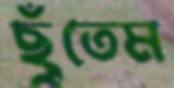
ছুঁতেম